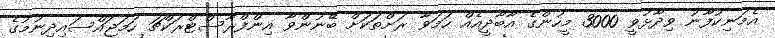
އެމަނިކުފާނު ވިދާޅުވީ 3000 މީހުންގެ އާބާދީއެއް ހަމަވާ ރަށްތަކަށް ބޭނުންވާ އިންފްރާސްޓްރަކްޗަ ހަމަޖައްސައިދިނުމުގެ